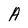
Character: A